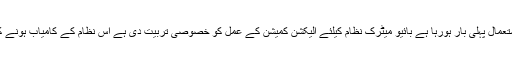
انہوں نے کہا کہ این اے 19 کے ضمنی انتخابات میں بائیو میٹرک سسٹم کا استعمال پہلی بار ہورہا ہے بائیو میٹرک نظام کیلئے الیکشن کمیشن کے عمل کو خصوصی تربیت دی ہے اس نظام کے کامیاب ہونے کے بعد بائیو میٹرک سسٹم آئندہ ضمنی اور عام انتخابات میں استعمال ہوں گے۔